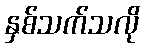
နှစ်သက်သလို